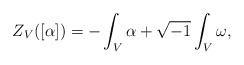
\begin{align*}Z_{V}([\alpha]) = -\int_{V}\alpha+\sqrt{-1}\int_{V}\omega,\end{align*}